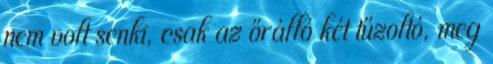
nem volt senki, csak az őrálló két tűzoltó, meg